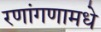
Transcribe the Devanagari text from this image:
रणांगणामधे